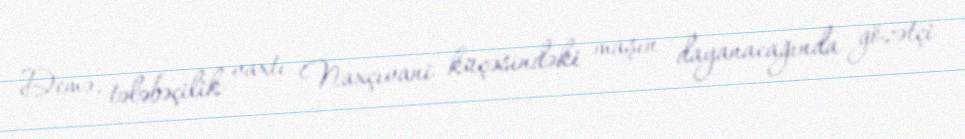
Demə, tələbəçilik vaxtı Naxçıvani küçəsindəki maşın dayanacağında gözətçi